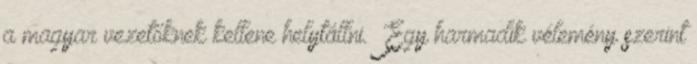
a magyar vezetőknek kellene helytállni.” Egy harmadik vélemény szerint